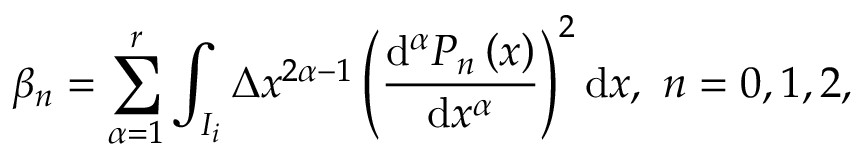
\beta _ { n } = \sum _ { \alpha = 1 } ^ { r } \int _ { I _ { i } } \Delta x ^ { 2 \alpha - 1 } \left( { \frac { \mathrm { d } ^ { \alpha } P _ { n } \left( x \right) } { \mathrm { d } x ^ { \alpha } } } \right) ^ { 2 } { \mathrm { d } x } , ~ n = 0 , 1 , 2 ,